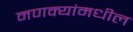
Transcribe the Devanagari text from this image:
मणक्‍यांमधील